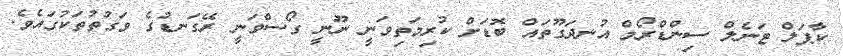
ކާޕަލް ޓަނެލް ސިންޑްރޯމް އުނދަގޫތައް ބޮޑަށް ކުރިމަތިވަނީ ނޫނީ ގޯސްވަނީ ރޭގަނޑުގެ ވަގުތުތަކުގައެވެ.